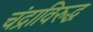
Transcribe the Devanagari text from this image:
चंद्राविरुद्ध